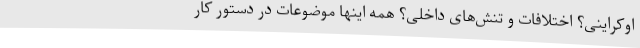
اوکراینی؟ اختلافات و تنش‌های داخلی؟ همه اینها موضوعات در دستور کار